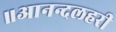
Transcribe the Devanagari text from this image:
॥आनन्दलहरी